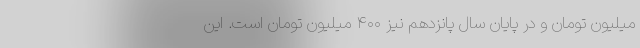
میلیون تومان و در پایان سال پانزدهم نیز ۴۰۰ میلیون تومان است. این